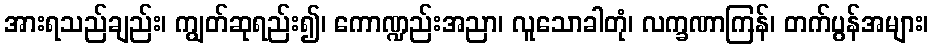
အားရသည်ချည်း၊ ကျွတ်ဆုရည်း၍၊ ကောဏ္ဍည်းအညာ၊ လူသောခါတုံ၊ လက္ခဏာကြန်၊ တက်ပွန်အများ၊